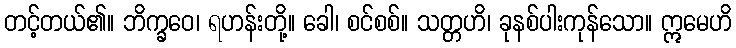
တင့်တယ်၏။ ဘိက္ခဝေ၊ ရဟန်းတို့။ ခေါ၊ စင်စစ်။ သတ္တဟိ၊ ခုနစ်ပါးကုန်သော။ ဣမေဟိ